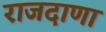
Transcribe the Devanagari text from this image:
राजदाणा